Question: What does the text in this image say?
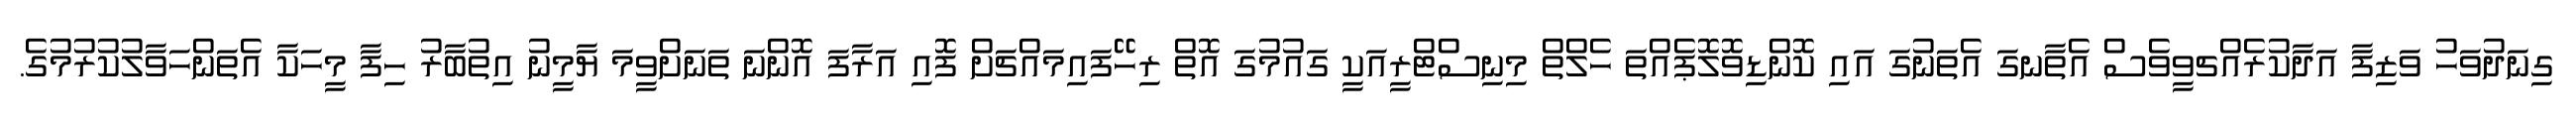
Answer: ގިނަދުވަހު ވަޒިފާ އަދާކުރެއްޗވީވެސް އެތާނގަ އެތަނުގަ އައި ކޮންޑިވޮލޮޕެއްތަ ހެލްތް މިނިސްޓްރީއަކީ ގައުމުގަ އޮތް ރިހޭފައިމައްޗަށް ފޮއި އަރާފަ އޮންނަ ތަނަށްވީމަ ޔާމީނު އިތުބާރު ހިފާ މީހަކާ އެތަންހަވާލުކުރުމުގެ.